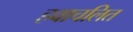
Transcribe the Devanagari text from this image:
हवाचलित